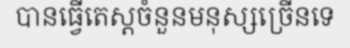
បានធ្វើតេស្តចំនួនមនុស្សច្រើនទេ